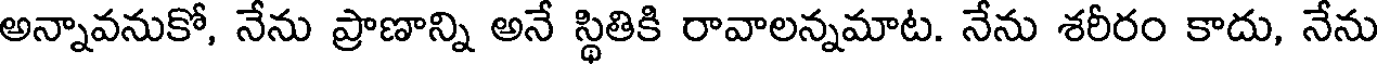
అన్నావనుకో, నేను ప్రాణాన్ని అనే స్థితికి రావాలన్నమాట. నేను శరీరం కాదు, నేను